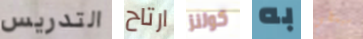
التدريس ارتاح كولنز به سيعطي